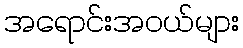
အရောင်းအဝယ်များ